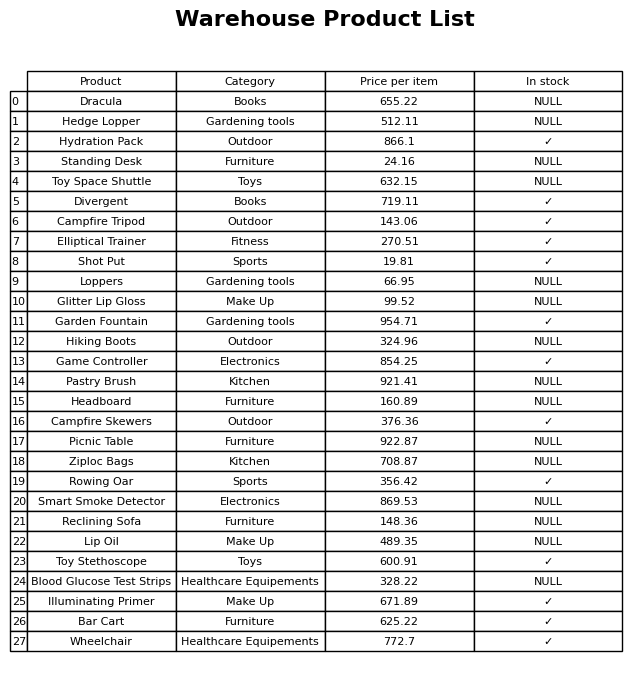
question: What is the stock status of the Hydration Pack?
answer: ✓